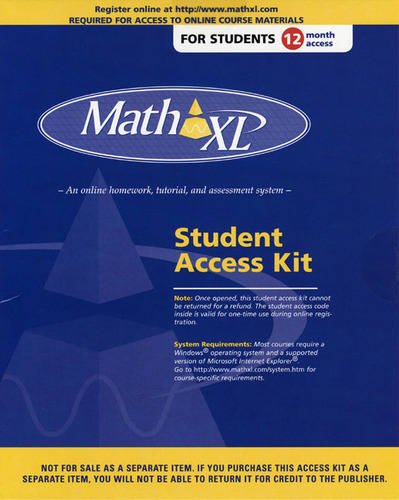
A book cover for MathXL Student Access Kit; Business & Money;